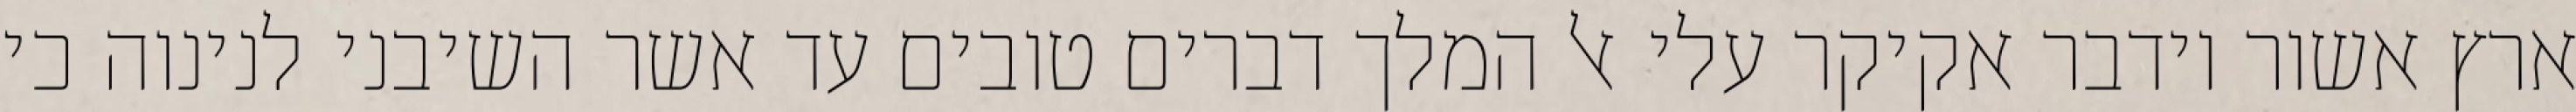
ארץ אשור וידבר אקיקר עלי אל המלך דברים טובים עד אשר השיבני לנינוה כי